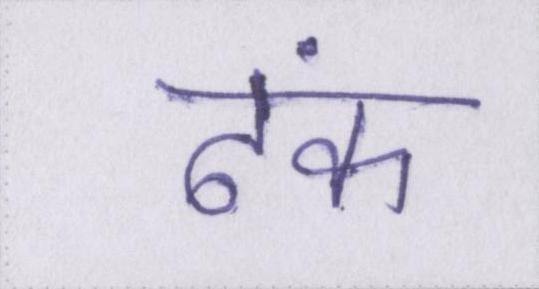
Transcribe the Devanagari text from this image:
ढंक